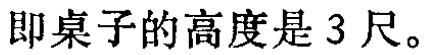
即桌子的高度是 3 尺。